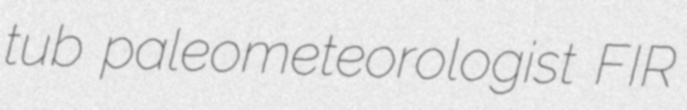
tub paleometeorologist FIR